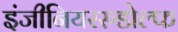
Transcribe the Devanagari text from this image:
इंजीनियररुडोल्फ